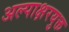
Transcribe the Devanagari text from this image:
अल्पाक्षरयुक्त